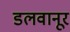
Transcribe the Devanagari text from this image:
डलवानूर